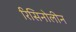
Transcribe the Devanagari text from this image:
रिसिनोलीन